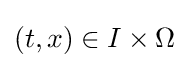
(t,x)\in I\times \Omega